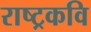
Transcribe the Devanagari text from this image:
राष्‍ट्रकवि